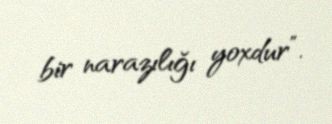
bir narazılığı yoxdur”.